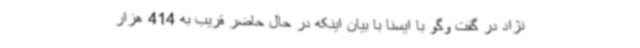
نژاد در گفت وگو با ایسنا با بیان اینکه در حال حاضر قریب به 414 هزار